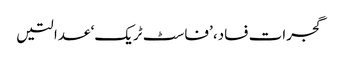
گجرات فساد، ’فاسٹ ٹریک‘ عدالتیں